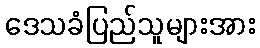
ဒေသခံပြည်သူများအား